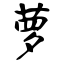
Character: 萝